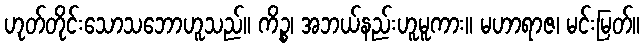
ဟုတ်တိုင်းသောသဘောဟူသည်။ ကိဉ္စ၊ အဘယ်နည်းဟူမူကား။ မဟာရာဇ၊ မင်းမြတ်။